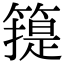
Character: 𥳳